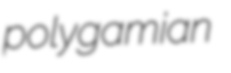
polygamian